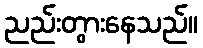
ညည်းတွားနေသည်။